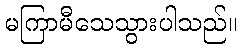
မကြာမီသေသွားပါသည်။